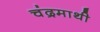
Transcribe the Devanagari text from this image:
चंद्रमाथी